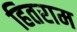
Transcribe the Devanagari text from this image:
हितराम